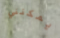
يمكنني